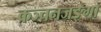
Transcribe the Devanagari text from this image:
कञ्चनजङ्गा